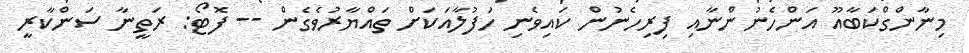
މިނާންގްކަބާއޫ އަންހެނުންނާއި ފިރިހެނުން ކައިވެނި ހަފުލާއަކަށް ތައްޔާރުވެގެން -- ފޮޓޯ: ރަތީނާ ސަންކާރީ